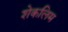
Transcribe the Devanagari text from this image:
शेकलिम